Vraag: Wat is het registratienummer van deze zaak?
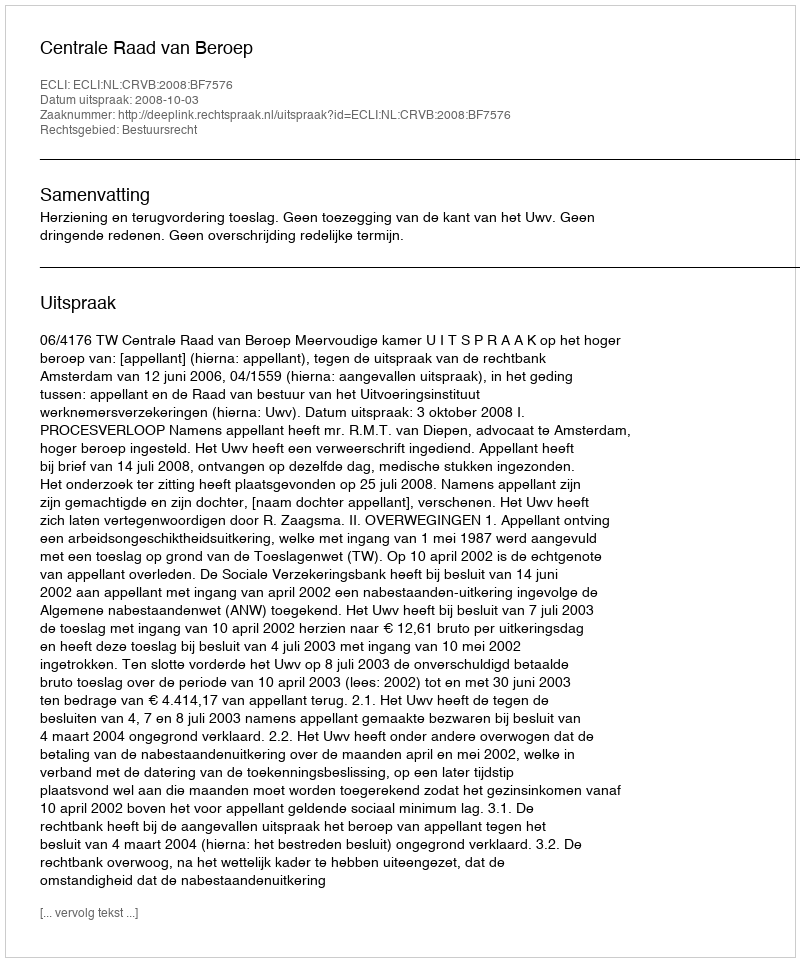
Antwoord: http://deeplink.rechtspraak.nl/uitspraak?id=ECLI:NL:CRVB:2008:BF7576